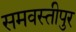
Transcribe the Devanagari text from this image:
समवस्तीपुर